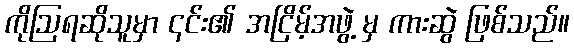
ကိုဩရဆိုသူမှာ ၎င်း၏ အငြိမ့်အဖွဲ့ မှ ကားဆွဲ ဖြစ်သည်။